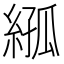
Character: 𦁣